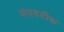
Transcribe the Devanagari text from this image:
पंचवटीस